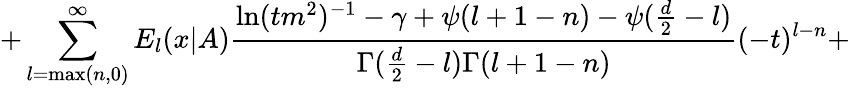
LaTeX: +\sum_{l=\mathrm{max}(n,0)}^{\infty}E_{l}(x|A)\frac{\ln(tm^{2})^{-1}-\gamma+\psi(l+1-n)-\psi(\frac{d}{2}-l)}{\Gamma(\frac{d}{2}-l)\Gamma(l+1-n)}(-t)^{l-n}+